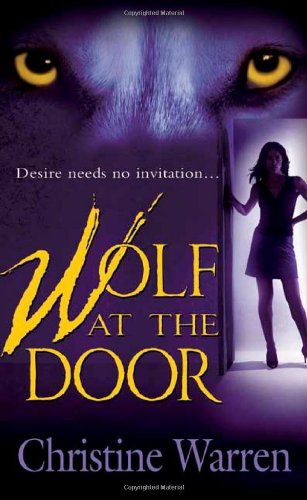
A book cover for Wolf at the Door (The Others, Book 9); Christine Warren; Romance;